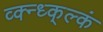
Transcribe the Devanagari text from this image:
व्क्न्ध्क्ल्कं